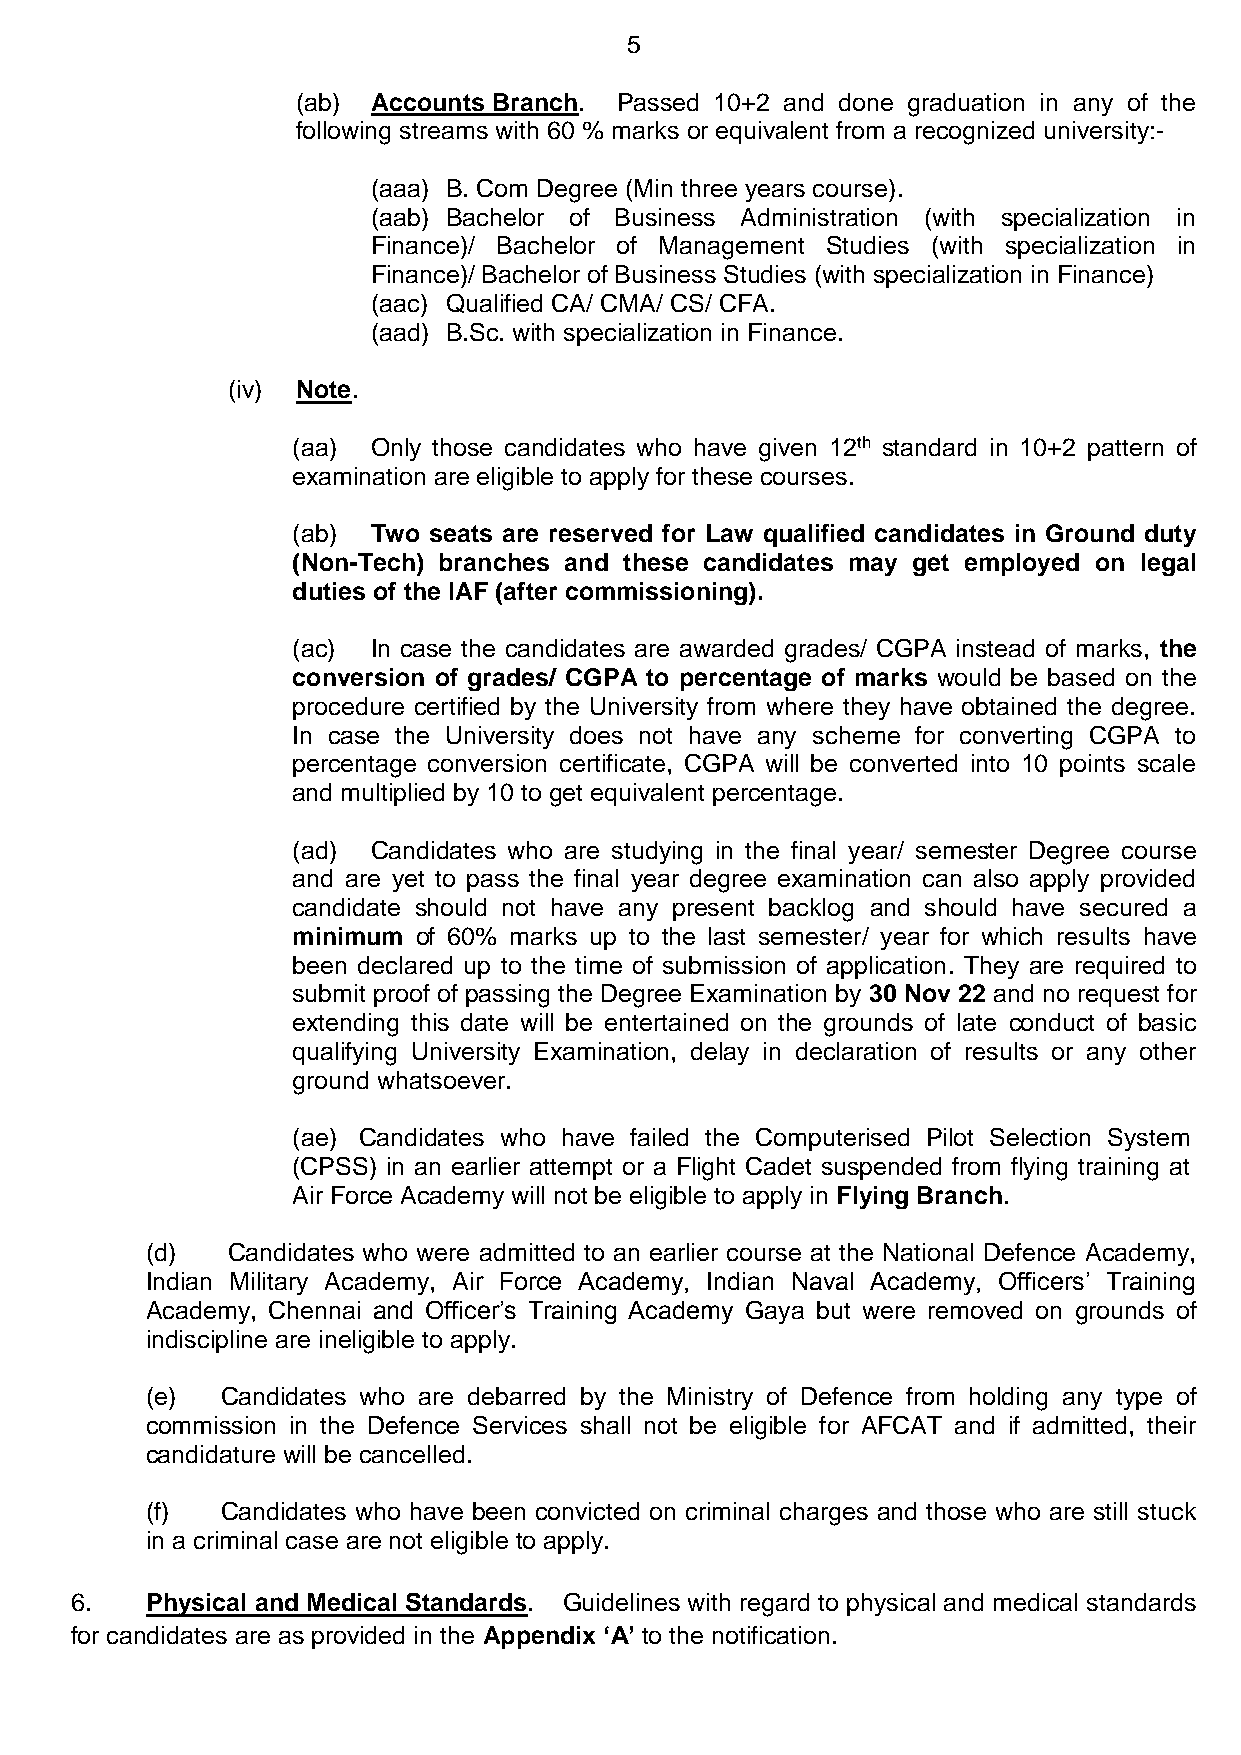
5
 (ab) Accounts Branch. Passed 10+2 and done graduation in any of the
 following streams with 60 % marks or equivalent from a recognized university:-
 (aaa) B. Com Degree (Min three years course).
 (aab) Bachelor of Business Administration (with specialization in
 Finance)/ Bachelor of Management Studies (with specialization in
 Finance)/ Bachelor of Business Studies (with specialization in Finance)
 (aac) Qualified CA/ CMA/ CS/ CFA.
 (aad) B.Sc. with specialization in Finance.
 (iv) Note.
 (aa)  Only those candidates who have given 12th standard in 10+2 pattern of
 examination are eligible to apply for these courses.
 (ab)  Two seats are reserved for Law qualified candidates in Ground duty
 (Non-Tech) branches and these candidates may get employed on legal
 duties of the IAF (after commissioning).
 (ac)  In case the candidates are awarded grades/ CGPA instead of marks, the
 conversion of grades/ CGPA to percentage of marks would be based on the
 procedure certified by the University from where they have obtained the degree.
 In case the University does not have any scheme for converting CGPA to
 percentage conversion certificate, CGPA will be converted into 10 points scale
 and multiplied by 10 to get equivalent percentage.
 (ad)  Candidates who are studying in the final year/ semester Degree course
 and are yet to pass the final year degree examination can also apply provided
 candidate should not have any present backlog and should have secured a
 minimum of 60% marks up to the last semester/ year for which results have
 been declared up to the time of submission of application. They are required to
 submit proof of passing the Degree Examination by 30 Nov 22 and no request for
 extending this date will be entertained on the grounds of late conduct of basic
 qualifying University Examination, delay in declaration of results or any other
 ground whatsoever.
 (ae) Candidates who have failed the Computerised Pilot Selection System
 (CPSS) in an earlier attempt or a Flight Cadet suspended from flying training at
 Air Force Academy will not be eligible to apply in Flying Branch.
 (d)  Candidates who were admitted to an earlier course at the National Defence Academy,
 Indian Military Academy, Air Force Academy, Indian Naval Academy, Officers’ Training
 Academy, Chennai and Officer’s Training Academy Gaya but were removed on grounds of
 indiscipline are ineligible to apply.
 (e)  Candidates who are debarred by the Ministry of Defence from holding any type of
 commission in the Defence Services shall not be eligible for AFCAT and if admitted, their
 candidature will be cancelled.
 (f)  Candidates who have been convicted on criminal charges and those who are still stuck
 in a criminal case are not eligible to apply.
 6.   Physical and Medical Standards. Guidelines with regard to physical and medical standards
 for candidates are as provided in the Appendix ‘A’ to the notification.